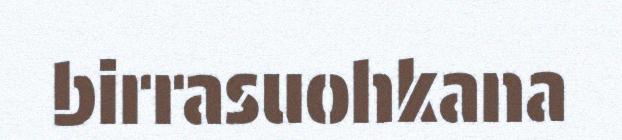
birrasuohkana